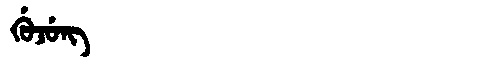
Manchu: ᡤᡠᠵᡠᠩ
Romanization: GUJUNG